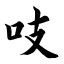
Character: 吱